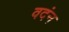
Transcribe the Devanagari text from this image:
वदंन